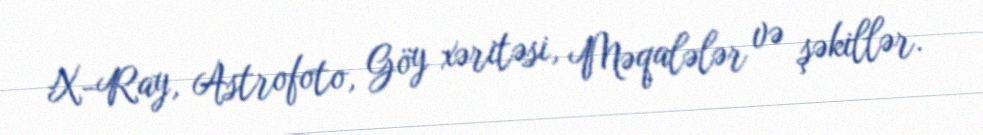
X-Ray, Astrofoto, Göy xəritəsi, Məqalələr və şəkillər.